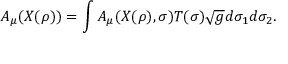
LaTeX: A _ { \mu } ( X ( \rho ) ) = \int A _ { \mu } ( X ( \rho ) , \sigma ) T ( \sigma ) \sqrt { g } d \sigma _ { 1 } d \sigma _ { 2 } .